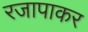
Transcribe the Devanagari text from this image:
रजापाकर